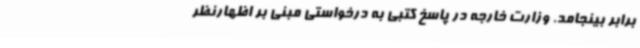
برابر بینجامد. وزارت خارجه در پاسخ کتبی به درخواستی مبنی بر اظهارنظر